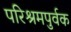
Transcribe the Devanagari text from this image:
परिश्रमपुर्वक